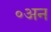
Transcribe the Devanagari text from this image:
॰अन